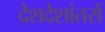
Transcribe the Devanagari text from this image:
देशदेशांतरों